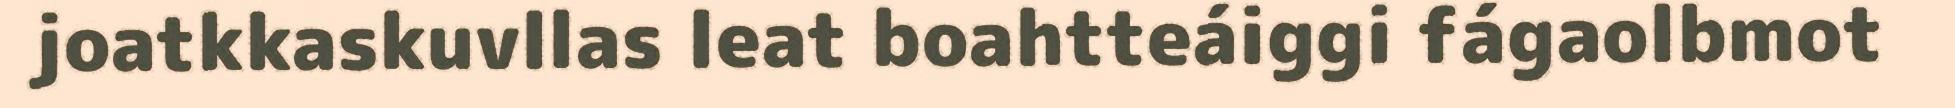
joatkkaskuvllas leat boahtteáiggi fágaolbmot